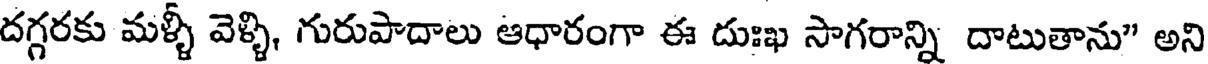
దగ్గరకు మళ్ళీ వెళ్ళి, గురుపాదాలు ఆధారంగా ఈ దుఃఖ సాగరాన్ని దాటుతాను" అని